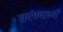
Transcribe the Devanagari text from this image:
तरंगदर्ध्य